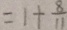
= 1 + \frac { 8 } { 1 1 }